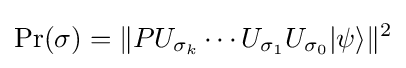
\operatorname {Pr} (\sigma )=\Vert PU_{\sigma _{k}}\cdots U_{\sigma _{1}}U_{\sigma _{0}}|\psi \rangle \Vert ^{2}